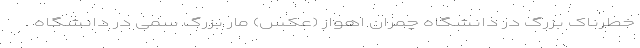
خطرناک بزرگ در دانشگاه چمران اهواز (عکس) مار بزرگ سمی‌ در دانشگاه